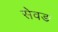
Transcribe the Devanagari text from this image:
सेवङ